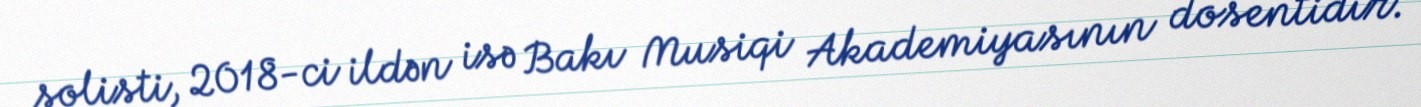
solisti, 2018-ci ildən isə Bakı Musiqi Akademiyasının dosentidir.